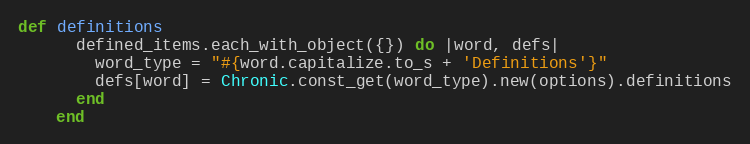
Language: Ruby
def definitions
      defined_items.each_with_object({}) do |word, defs|
        word_type = "#{word.capitalize.to_s + 'Definitions'}"
        defs[word] = Chronic.const_get(word_type).new(options).definitions
      end
    end